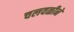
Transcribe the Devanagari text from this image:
चलवळीने